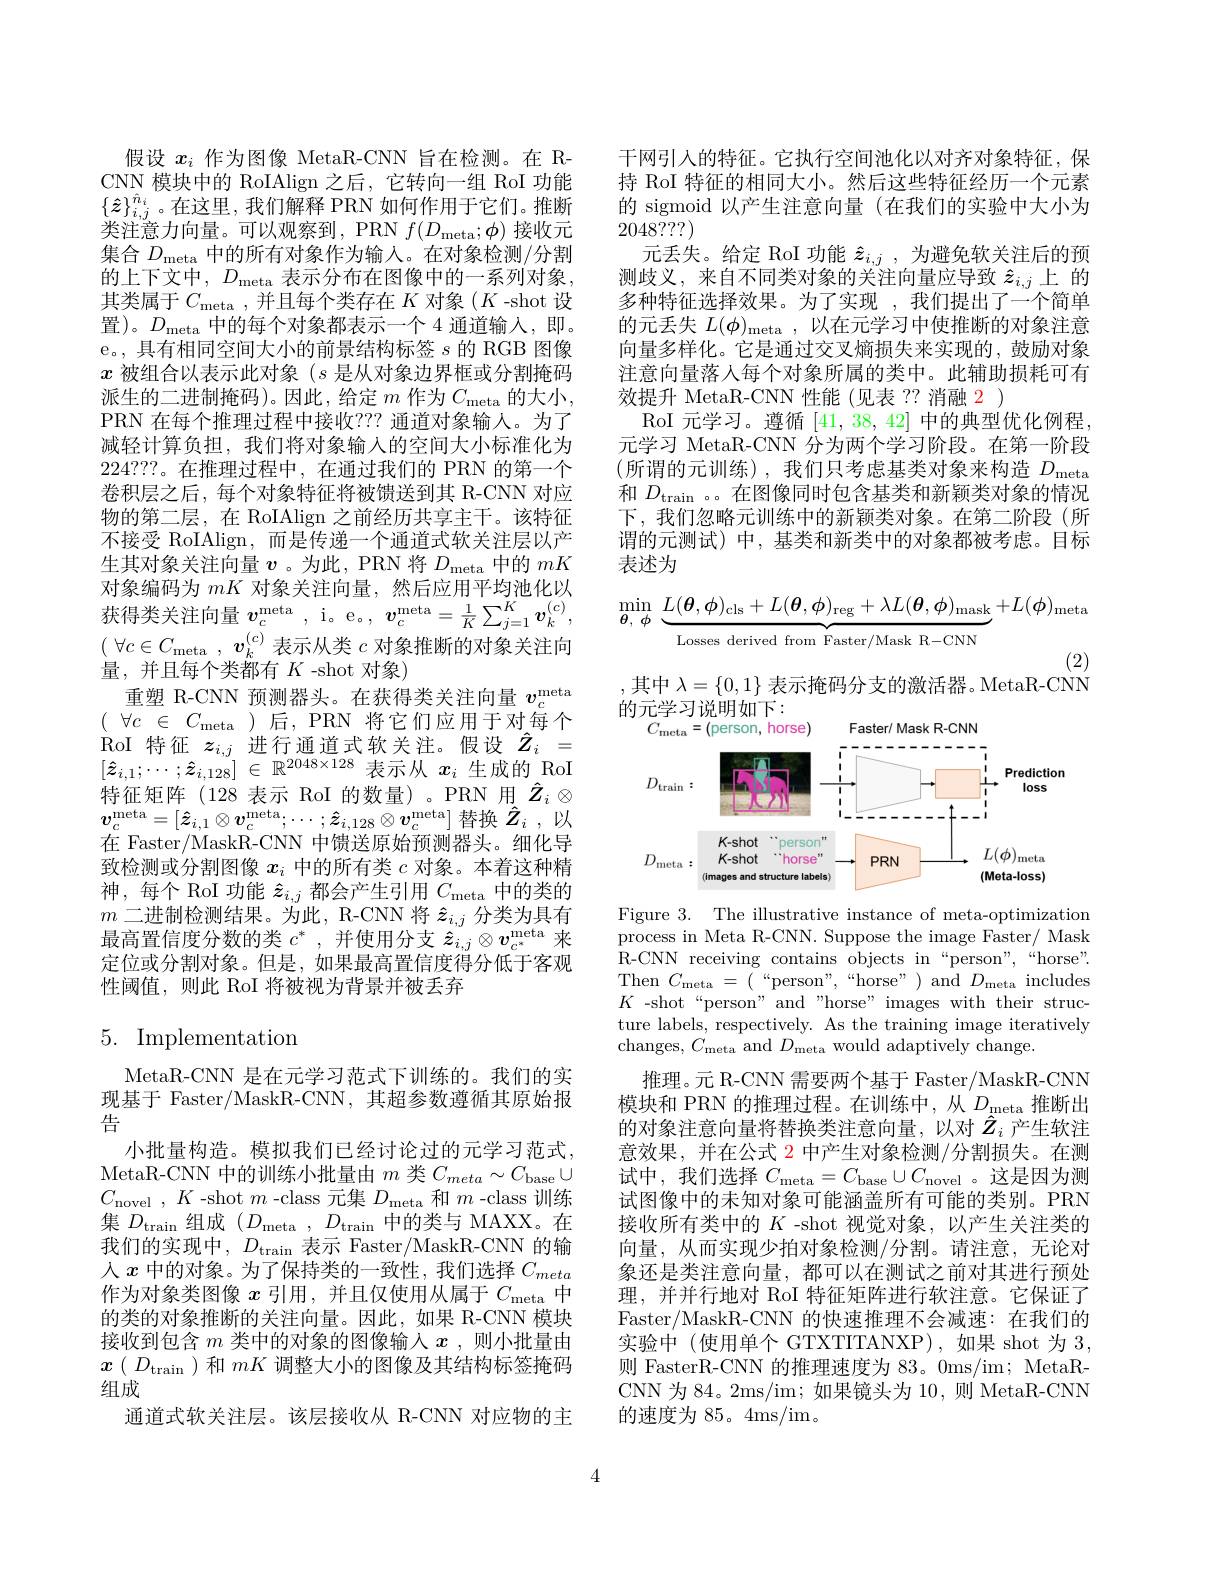
假设$x_i$作为图像 MetaR-CNN 旨在检测。在 RCNN 模块中的 RoIAlign 之后，它转向一组 RoI 功能$\{\hat{z}\}_{i,j}^{\hat{n}_i}$。在这里，我们解释 PRN 如何作用于它们。推断类注意力向量。可以观察到，PRN $f(D_\mathrm{meta};\phi)$接收元集合$D_\mathrm{meta}$中的所有对象作为输入。在对象检测/分割的上下文中，$D_\mathrm{meta}$ 表示分布在图像中的一系列对象， 其类属于$C_\mathrm{meta~,~并且每个类存在~}K$ 对象($K$-shot 设置)。$D_\mathrm{meta}$中的每个对象都表示一个 4 通道输入，即。e。, 具有相同空间大小的前景结构标签$s$的 RGB 图像$x$被组合以表示此对象$(s$是从对象边界框或分割掩码派生的二进制掩码)。因此，给定$m$作为$C_\mathrm{meta}$的大小， PRN 在每个推理过程中接收？?? 通道对象输人。为了减轻计算负担，我们将对象输入的空间大小标准化为224???。在推理过程中，在通过我们的 PRN 的第一个卷积层之后，每个对象特征将被馈送到其 R-CNN 对应物的第二层，在 RoIAlign 之前经历共享主干。该特征不接受 RoIAlign,而是传递一个通道式软关注层以产生其对象关注向量$v$ 。为此，PRN 将$D_\mathrm{meta}$中的$mK$ 对 象 编 码 为 $mK$ 对 象 关 注 向 量 , 然 后 应 用 平 均 池 化 以 获 得 类 关 注 向 量 $v_c^\mathrm{meta}$, i。e。$, v_c^\mathrm{meta}= \frac 1K\sum _{j= 1}^Kv_k^{( c) }$, $(\begin{array}{cc}\forall c\in C_\mathrm{meta}\end{array},\boldsymbol{v}_k^{(c)}$表示从类 $c$ 对象推断的对象关注向量，并且每个类都有 $K$ -shot 对象)
重塑 R-CNN 预测器头。在获得类关注向量$v_c^\mathrm{meta}$ $(\begin{array}{ccc}\forall c&\in&C_\mathrm{meta}\\\end{array})$后，PRN 将它们应用于对每个RoI 特征$z_i,j$进行通道式软关注。假设$\hat{Z}_i=$ $[ \hat{\boldsymbol{z}} _{i, 1}; \cdots ; \hat{\boldsymbol{z}} _{i, 128}]$ $\in$ $\mathbb{R} ^{2048\times 128}$表示从$x_i$生成的 RoI 特征矩阵(128 表示 RoI 的数量)。PRN 用$\hat{Z}_i\otimes$ $\boldsymbol{v}_{c}^{\mathrm{meta}}=[\hat{\boldsymbol{z}}_{i,1}\otimes\boldsymbol{v}_{c}^{\mathrm{meta}};\cdots;\hat{\boldsymbol{z}}_{i,128}\otimes\boldsymbol{v}_{c}^{\mathrm{meta}}]$替换$\hat{Z}_i$ ,以在 Faster/MaskR-CNN 中馈送原始预测器头。细化导致检测或分割图像$x_i$中的所有类$c$对象。本着这种精神，每个 RoI 功能$\hat{z}_{i,j}$都会产生引用$C_\mathrm{meta}$中的类的$m$二进制检测结果。为此，R-CNN 将$\hat{z}_{i,j}$分类为具有最高置信度分数的类$c^*$,并使用分支$\hat{z}_i,j\otimes v_{c^*}^\mathrm{meta}$来定位或分割对象。但是，如果最高置信度得分低于客观性阈值，则此 RoI 将被视为背景并被丢弃

# 5. Implementation

MetaR-CNN 是在元学习范式下训练的。我们的实现基于 Faster/MaskR-CNN,其超参数遵循其原始报告
小批量构造。模拟我们已经讨论过的元学习范式， MetaR-CNN 中的训练小批量由$m$类$C_meta\sim C_{\mathrm{base}}\cup$ $C_{\mathrm{novel}}$ , $K$ -shot $m$ -class 元集$D_\mathrm{meta}$和$m$ -class 训练集$D_{\mathrm{train}}$组成$(D_\mathrm{meta},D_\mathrm{train}$中的类与 MAXX。在我们的实现中，$D_\mathrm{train}$表示 Faster/MaskR-CNN 的输人$x$中的对象。为了保持类的一致性，我们选择$C_meta$ 作为对象类图像$x$引用，并且仅使用从属于$C_\mathrm{meta}$中的类的对象推断的关注向量。因此，如果 R-CNN 模块接收到包含$m$类中的对象的图像输入$x$ ,则小批量由$x(D_{\mathrm{train}})$和$mK$调整大小的图像及其结构标签掩码组成
通道式软关注层。该层接收从 R-CNN 对应物的主

干网引入的特征。它执行空间池化以对齐对象特征，保持 RoI 特征的相同大小。然后这些特征经历一个元素的 sigmoid 以产生注意向量 (在我们的实验中大小为2048??)
元丢失。给定 RoI 功能$\hat{z}_{i,j}$ ,为避免软关注后的预测歧义，来自不同类对象的关注向量应导致 $\hat{z}_{i,j}$上 的多种特征选择效果。为了实现 ,我们提出了一个简单的元丢失$L(\phi)_\mathrm{meta}$,以在元学习中使推断的对象注意向量多样化。它是通过交叉熵损失来实现的，鼓励对象注意向量落人每个对象所属的类中。此辅助损耗可有效提升 MetaR-CNN 性能(见表？?消融$\color{red}{2}$ )
RoI 元学习。遵循[41,38,42]中的典型优化例程， 元学习 MetaR-CNN 分为两个学习阶段。在第一阶段(所谓的元训练),我们只考虑基类对象来构造$D_\mathrm{meta}$ 和$D_{\mathrm{train}}$ 。。在图像同时包含基类和新颖类对象的情况下，我们忽略元训练中的新颖类对象。在第二阶段(所谓的元测试)中，基类和新类中的对象都被考虑。目标表述为
$$\operatorname*{min}_{\boldsymbol{\theta},\:\phi}\:\underbrace{L(\boldsymbol{\theta},\boldsymbol{\phi})_{\mathrm{cls}}+L(\boldsymbol{\theta},\boldsymbol{\phi})_{\mathrm{reg}}+\lambda L(\boldsymbol{\theta},\boldsymbol{\phi})_{\mathrm{mask}}}_{\mathrm{Losses~derived~from~Faster/Mask~R-CNN}}+L(\boldsymbol{\phi})_{\mathrm{meta}}$$
,其中 $\lambda=\{0,1\}$ 表示掩码分支的激活器。MetaR-CNN

<FigureHere>

Figure 3. The illustrative instance of meta-optimizatior process in Meta R-CNN. Suppose the image Faster/ Mask R- CNN receiving contains objects in “ person” , ` ` horse" . Then $C_{\mathrm{meta}}=(\begin{array}{cc}“\mathrm{person",~“horse”)~and~}D_{\mathrm{meta}}&\text{includes}\\\end{array}$ $K{\text{ -shot “person” and"horse" images with their struc-}}$ ture labels, respectively. As the training image iteratively changes, $C_{\mathrm{meta}}^{'}$ and $D_{\mathrm{meta}}$ would adaptively change.
推理。元 R-CNN 需要两个基于 Faster/MaskR-CNN 模块和 PRN 的推理过程。在训练中，从$D_{\mathbf{meta}}$推断出的对象注意向量将替换类注意向量，以对$\hat{Z}_i$产生软注意效果，并在公式$\color{red}{2}$中产生对象检测/分割损失。在测试中，我们选择$C_\mathrm{meta}=C_\mathrm{base}\cup C_\mathrm{novel}$ 。这是因为测试图像中的未知对象可能涵盖所有可能的类别。PRN 接收所有类中的$K$ -shot 视觉对象，以产生关注类的向量，从而实现少拍对象检测/分割。请注意，无论对象还是类注意向量，都可以在测试之前对其进行预处理，并并行地对 RoI 特征矩阵进行软注意。它保证了Faster/MaskR-CNN 的快速推理不会减速：在我们的实验中(使用单个 GTXTITANXP),如果 shot 为 3, 则 FasterR-CNN 的推理速度为 83。0ms/im; MetaRCNN 为 84。2ms/im; 如果镜头为 10, 则 MetaR-CNN 的速度为 85。4ms/im。

4